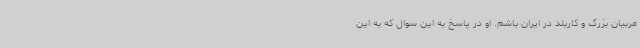
مربیان بزرگ و کاربلد در ایران باشم. او در پاسخ به این سوال که به این